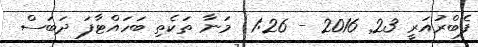
ފެބްރުއަރީ 23